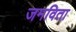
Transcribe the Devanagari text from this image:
जमविता